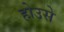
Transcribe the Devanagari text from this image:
होउसे